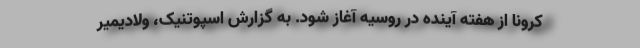
کرونا از هفته آینده در روسیه آغاز شود. به گزارش اسپوتنیک، ولادیمیر